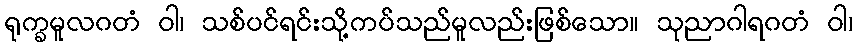
ရုက္ခမူလဂတံ ဝါ၊ သစ်ပင်ရင်းသို့ကပ်သည်မူလည်းဖြစ်သော။ သုညာဂါရဂတံ ဝါ၊